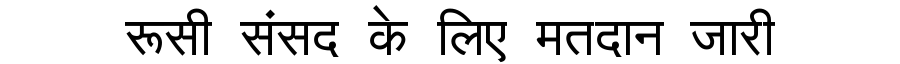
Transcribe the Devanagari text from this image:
रूसी संसद के लिए मतदान जारी